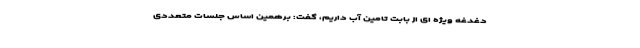
دغدغه ویژه ای از بابت تامین آب داریم، گفت: برهمین اساس جلسات متعددی